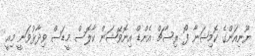
ޔޫނިއަންގެ ކޮމިޝަނާ ފޯ ރިސާޗް އެންޑް އިނޮވޭޝަން ކާލޮސް މީޑަސް ވިދާޅުވަނީ މިއީ